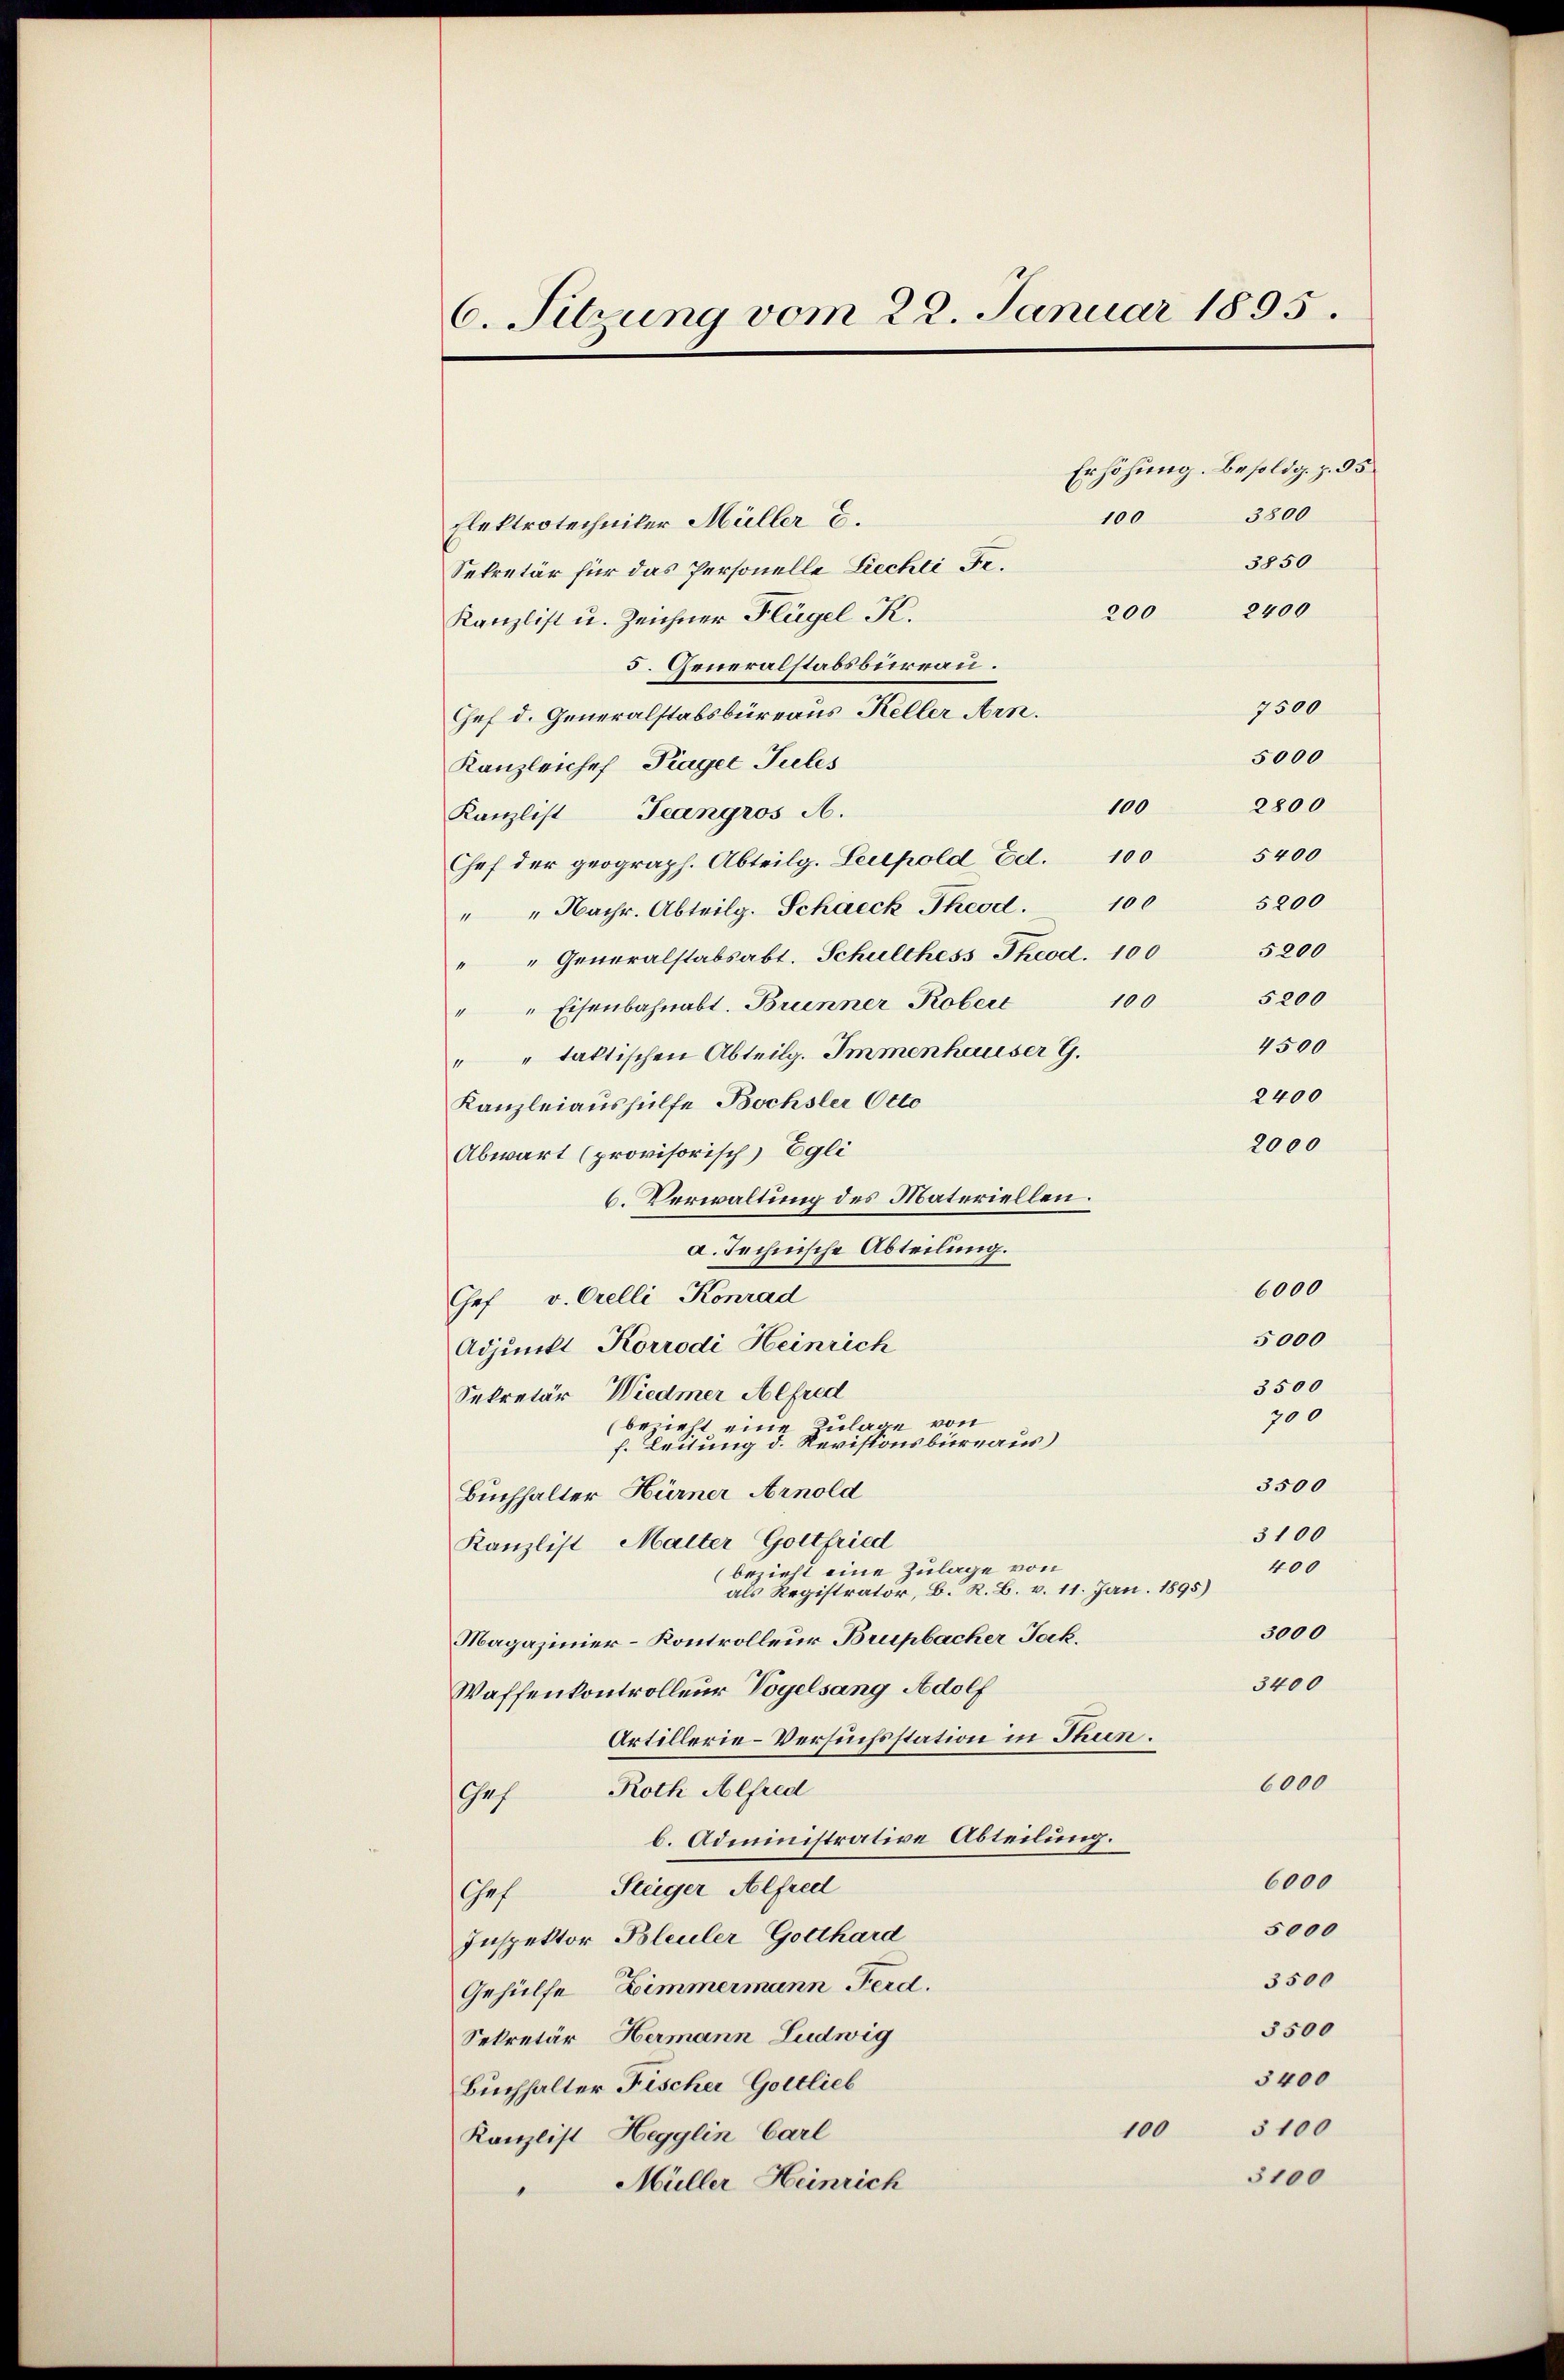
6. Sitzung vom 22. Januar 1895.

Erhöhung. Besoldg. z. 95
100 3800
Elektrotechniker Müller C.
3850
Sekretär für das Personelle Liechti Fe¬
2400
200
Kanzlist u. Zeichner Flügel K.
5. Generalstabsbureau.
7500
Chef d. Generalstabsbureaus Keller Arn.
5000
Kanzleichef Plager Jules
2800
100
Kanzlist Teangros A.
5400
Chef der geograph. Abteilg. Leopold Ed. 100
5200
" " Nachr. Abteilg. Schaeck Theod. 100
" " Generalstabsabt. Schulthess Theod. 100 5200
5200
" " Eisenbahnabt. Brunner Kobert 100
4500
" taktischen Abteilg. Immenhauser G.
2400
Kanzleiaushülfe Bochsler Otto
2000
Abwart (provisorisch Egli
6. Verwaltung des Materiellen.
a. Technische Abteilung.
6000
Chef v. Orelli Konrad
5000
Adjunkt Korrodi Heinrich
3500
Sekretär Wiedmer Alfred
700
(bezieht eine Zulage von
f. Leitung d. Revisionsbüreaus)
3500
Buchhalter Hürner Arnold
3100
Kanzlist Malter Gottfried
400
bezieht eine Zulage von
als Registrator, B. R. B. v. 11. Jan. 1895)
3000
Magazinier-Kontrolleur Brupbacher Jak.
3400
Waffenkontrolleur Vogelsang Adolf
Artillerie-Versuchsstation in Thun.
6000
Chef Roth Alfred
b. Administrative Abteilung.
6000
Chef Steiger Alfred
5000
Inspektor Bleuler Gotthard
3500
Gehülfe, Zimmermann Ferd.
3500
Sekretär, Hermann Ludwig
3400
Buchhalter Fischer Gottlieb
3100
100
Kanzlist Hegglin Carl
3100
Müller Heinrich